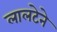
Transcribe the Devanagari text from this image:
लालटेने